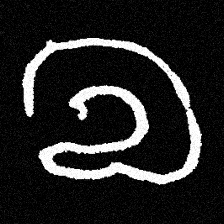
Pyu character \u2014 Myanmar letter: လ (romanized: la)